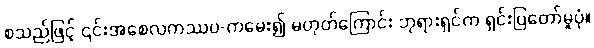
စသည်ဖြင့် ၎င်းအစေလကဿပ-ကမေး၍ မဟုတ်ကြောင်း ဘုရားရှင်က ရှင်းပြတော်မူပုံ။